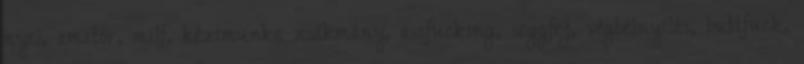
nyel, amatőr, milf, kézimunka zsákmány, assfucking, seggfej, végbélnyílás, buttfuck,